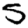
Digit: 5